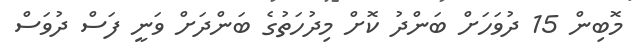
މޮބިން 15 ދުވަހަށް ބަންދު ކޮށް މިދުހަތުގެ ބަންދަށް ވަނީ ފަސް ދުވަސް